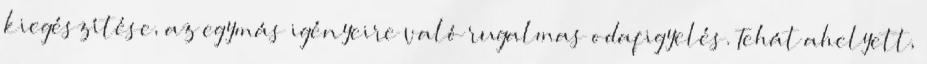
kiegészítése, az egymás igényeire való rugalmas odafigyelés. Tehát ahelyett,